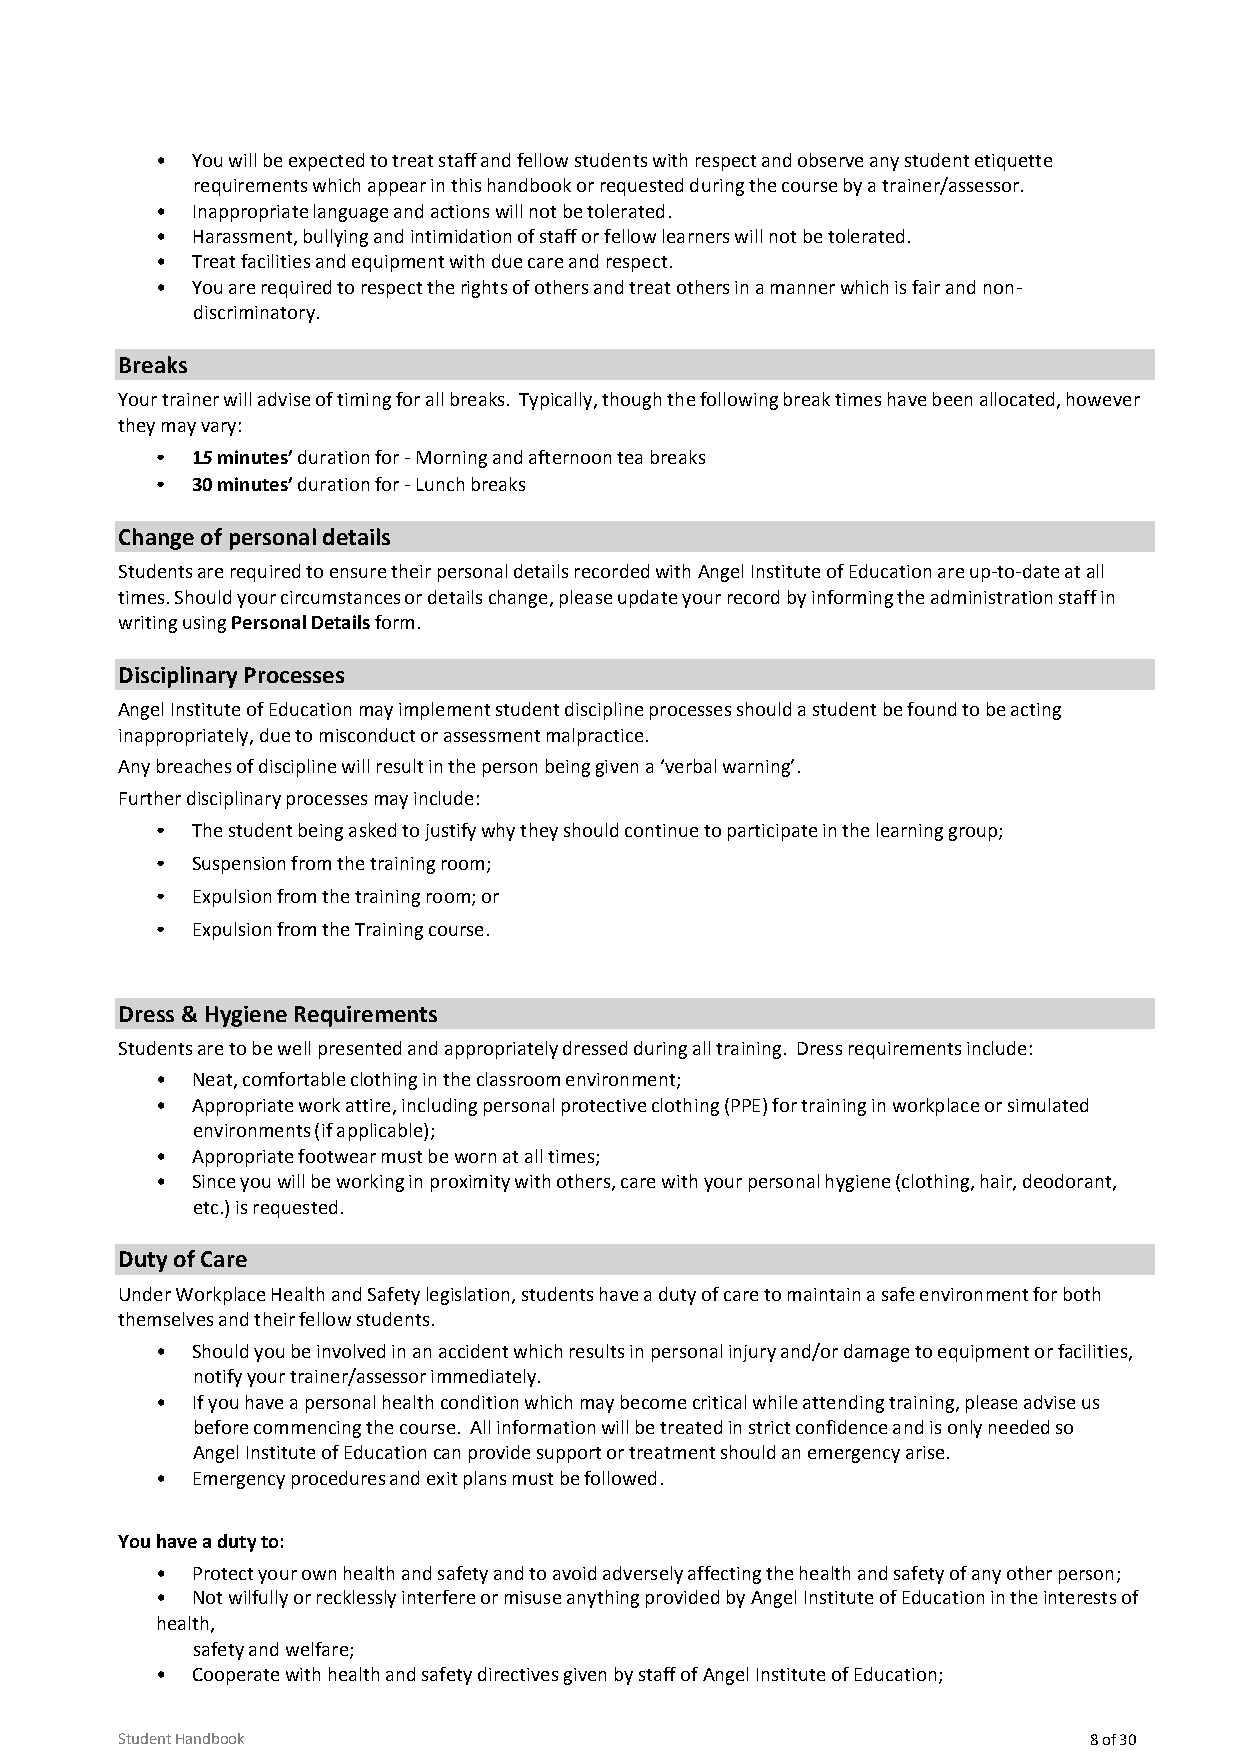
•  You will be expected to treat staff and fellow students with respect and observe any student etiquette
 requirements which appear in this handbook or requested during the course by a trainer/assessor.
 •  Inappropriate language and actions will not be tolerated.
 •  Harassment, bullying and intimidation of staff or fellow learners will not be tolerated.
 •  Treat facilities and equipment with due care and respect.
 •  You are required to respect the rights of others and treat others in a manner which is fair and non-
 discriminatory.
 Breaks
 Your trainer will advise of timing for all breaks. Typically, though the following break times have been allocated, however
 they may vary:
 •  15 minutes’ duration for - Morning and afternoon tea breaks
 •  30 minutes’ duration for - Lunch breaks
 Change of personal details
 Students are required to ensure their personal details recorded with Angel Institute of Education are up-to-date at all
 times. Should your circumstances or details change, please update your record by informing the administration staff in
 writing using Personal Details form.
 Disciplinary Processes
 Angel Institute of Education may implement student discipline processes should a student be found to be acting
 inappropriately, due to misconduct or assessment malpractice.
 Any breaches of discipline will result in the person being given a ‘verbal warning’.
 Further disciplinary processes may include:
 •  The student being asked to justify why they should continue to participate in the learning group;
 •  Suspension from the training room;
 •  Expulsion from the training room; or
 •  Expulsion from the Training course.
 Dress & Hygiene Requirements
 Students are to be well presented and appropriately dressed during all training. Dress requirements include:
 •  Neat, comfortable clothing in the classroom environment;
 •  Appropriate work attire, including personal protective clothing (PPE) for training in workplace or simulated
 environments (if applicable);
 •  Appropriate footwear must be worn at all times;
 •  Since you will be working in proximity with others, care with your personal hygiene (clothing, hair, deodorant,
 etc.) is requested.
 Duty of Care
 Under Workplace Health and Safety legislation, students have a duty of care to maintain a safe environment for both
 themselves and their fellow students.
 •  Should you be involved in an accident which results in personal injury and/or damage to equipment or facilities,
 notify your trainer/assessor immediately.
 •  If you have a personal health condition which may become critical while attending training, please advise us
 before commencing the course. All information will be treated in strict confidence and is only needed so
 Angel Institute of Education can provide support or treatment should an emergency arise.
 •  Emergency procedures and exit plans must be followed.
 You have a duty to:
 •  Protect your own health and safety and to avoid adversely affecting the health and safety of any other person ;
 •  Not wilfully or recklessly interfere or misuse anything provided by Angel Institute of Education in the interests of
 health,
 safety and welfare;
 •  Cooperate with health and safety directives given by staff of Angel Institute of Education;
 Student Handbook                                                8 of 30